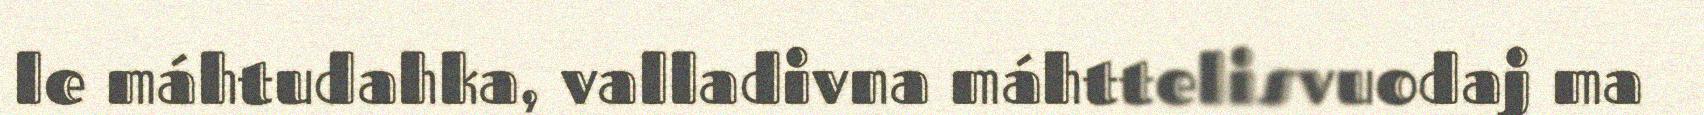
le máhtudahka, valladivna máhttelisvuodaj ma